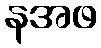
နအဖ